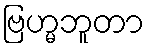
ဗြဟ္မဘူတာ